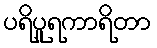
ပရိပူရကာရိတာ